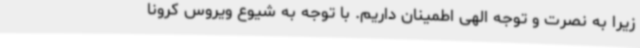
زیرا به نصرت و توجه الهی اطمینان داریم. با توجه به شیوع ویروس کرونا